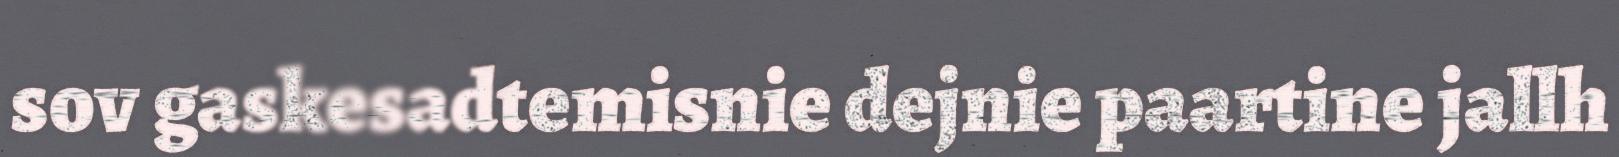
sov gaskesadtemisnie dejnie paartine jallh